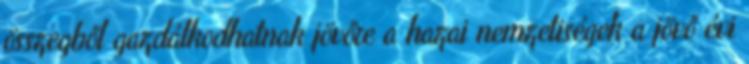
összegből gazdálkodhatnak jövőre a hazai nemzetiségek a jövő évi